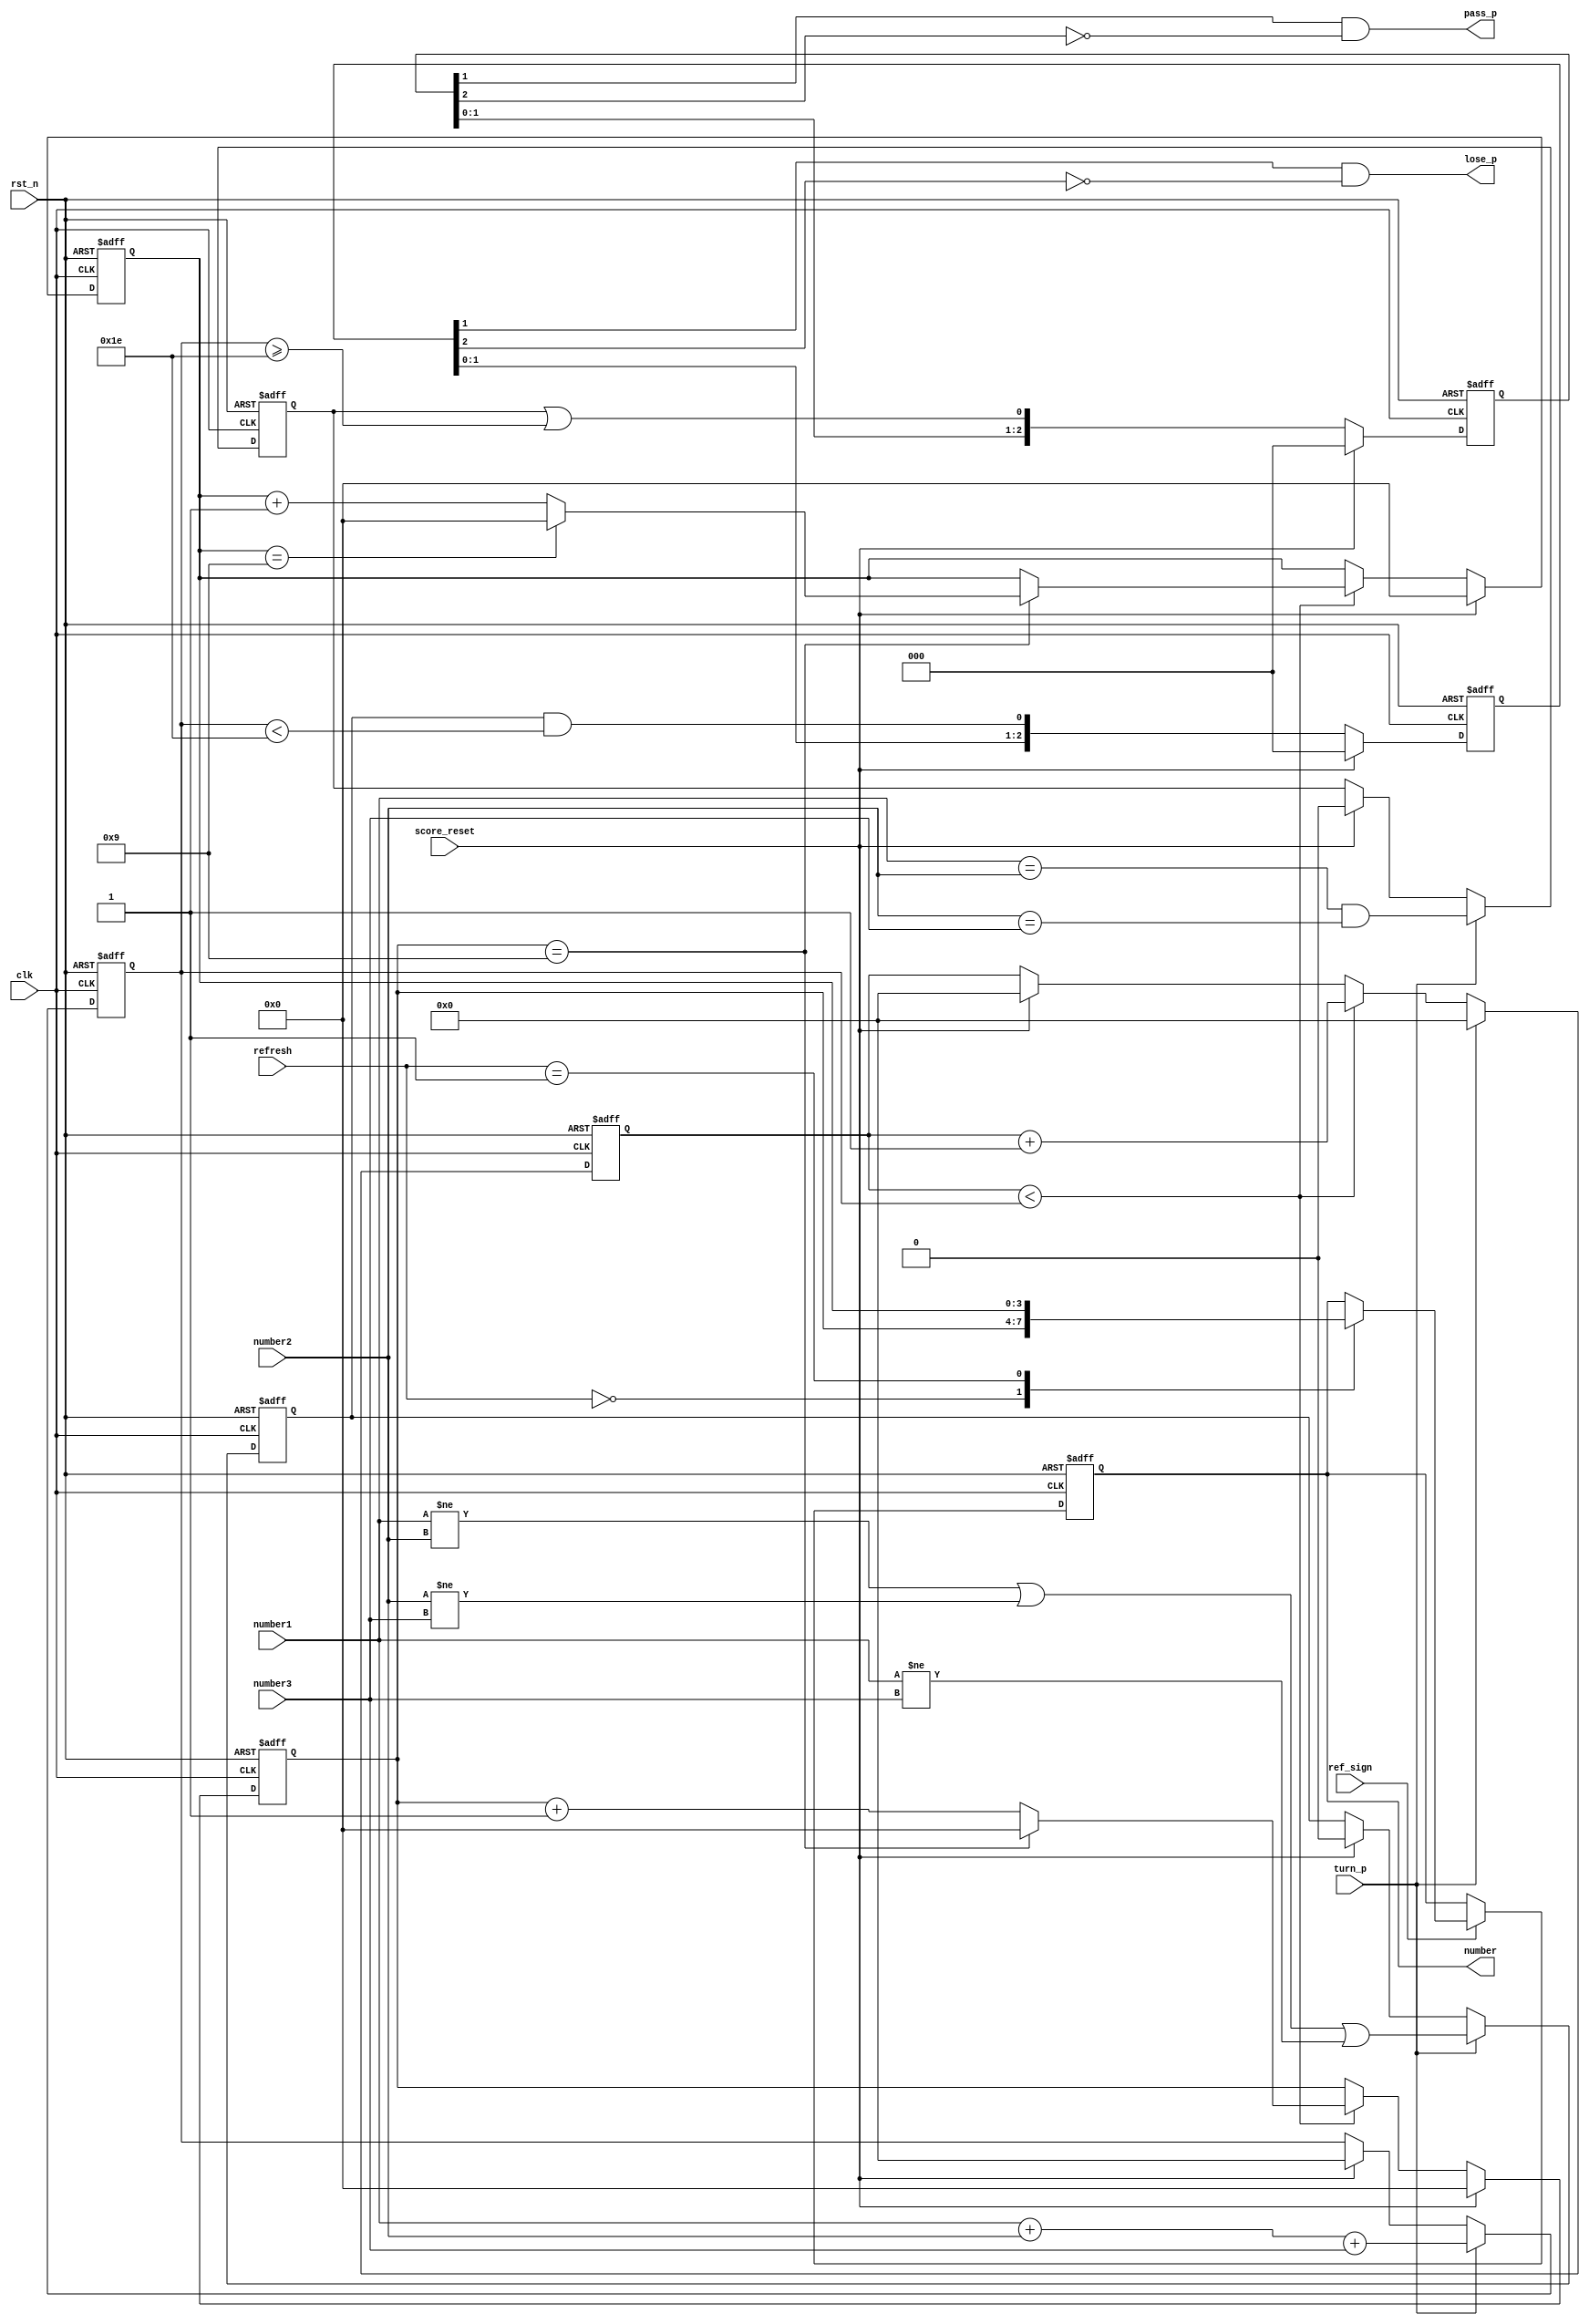
`timescale 1ns / 1ps
//////////////////////////////////////////////////////////////////////////////////
// Company: 
// Engineer: 
// 
// Design Name: 
// Module Name:    Score 
// Project Name: 
// Target Devices: 
// Tool versions: 
// Description: 
//
// Dependencies: 
//
// Revision: 
// Revision 0.01 - File Created
// Additional Comments: 
//
//////////////////////////////////////////////////////////////////////////////////
module Score(
input		clk,
input		rst_n,
input		turn_p,
input		ref_sign,
input	[1:0]	refresh,
input	[3:0]	number1,
input	[3:0] number2,
input	[3:0] number3,
input			score_reset,
output	reg [3:0] number,
output	wire pass_p,
output	wire lose_p
    );

parameter WELCOME = 4'b0000, GAME = 4'b0001, SCORE = 4'b0010, ERROR = 4'b0011, COIN = 4'b0100;

reg [3:0] score1 = 4'h0;
reg [3:0] score2 = 4'h0;
reg [5:0] sum = 6'h0;
reg [5:0] tmp = 6'h0;
reg 		 is_same = 0;
reg		 not_same = 0;

always@(posedge clk or negedge rst_n)
	begin
		if(~rst_n)
			begin
				sum <= 8'h0;
				is_same <= 0;
				not_same <= 0;
			end
		else if(turn_p)
			begin
				sum <= number1 + number2 + number3;
				is_same <= (number1 == number2) && (number2 == number3);
				not_same <= (number1 != number2) || (number2 != number3) || (number1 != number3);
			end
		else if(score_reset)	//
			begin
				sum <= 0;
				is_same <= 0;
				not_same <= 0;
			end
	end
	
	
always@(posedge clk or negedge rst_n)
	begin
		if(~rst_n)
			tmp <= 6'h0;
		else if(turn_p)
			tmp <= 6'h0;
		else if(tmp < sum)
			tmp <= tmp + 6'h1;
		else if(score_reset)
			tmp <= 6'h0;
		else
			tmp <= tmp;
	end

always@(posedge clk or negedge rst_n)
	begin
		if(~rst_n)
			score1 <= 4'h0;
		else if(score_reset)
			score1 <= 4'h0;
		else if(tmp < sum)
			begin
				if(score1 == 4'd9)
					score1 <= 4'h0;
				else
					score1 <= score1 + 4'h1;
			end
		else
			score1 <= score1;
	end

always@(posedge clk or negedge rst_n)
	begin
		if(~rst_n)
			score2 <= 4'h0;
		else if(score_reset)
			score2 <= 4'h0;
		else if(tmp < sum)
			begin
				if(score1 == 4'd9)
					begin
						if(score2 == 4'd9)
							score2 <= 4'h0;
						else
							score2 <= score2 + 4'h1;
					end
				else
					score2 <= score2;
			end
	end


always@(posedge clk or negedge rst_n)
	begin
		if(~rst_n)
			number <= 4'h0;
		else if(ref_sign)
			case(refresh)
				2'h0:	number <= score1;
				2'h1: number <= score2;
			endcase
		else
			number <= number;
	end
	


reg  [2:0]	pass_delay = 3'h0;
reg  [2:0]  lose_delay = 3'h0;

always@(posedge clk or negedge rst_n)
	begin
		if(~rst_n)
			begin
				pass_delay <= 3'h0;
				lose_delay <= 3'h0;
			end
		else if(score_reset)
			begin
				pass_delay <= 3'h0;
				lose_delay <= 3'h0;
			end
		else 
			begin
				pass_delay <= {pass_delay[1:0], is_same || sum >= 30};
				lose_delay <= {lose_delay[1:0], not_same && sum < 30};
			end
	end


assign pass_p = pass_delay[1] && (~pass_delay[2]);
assign lose_p = lose_delay[1] && (~lose_delay[2]);


endmodule